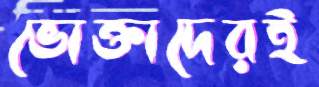
ভোক্তাদেরই